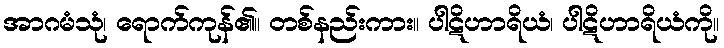
အာဂမံသုံ၊ ရောက်ကုန်၏။ တစ်နည်းကား။ ပါဋိဟာရိယံ၊ ပါဋိဟာရိယံကို။